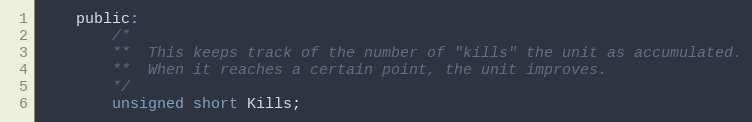
Language: C
	public:
		/*
		**	This keeps track of the number of "kills" the unit as accumulated.
		**	When it reaches a certain point, the unit improves.
		*/
		unsigned short Kills;